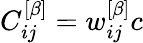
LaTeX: C_{ij}^{\left[\beta\right]}=w_{ij}^{\left[\beta\right]}c